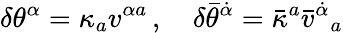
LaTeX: \delta\theta^{\alpha}=\kappa_{a}v^{\alpha{}a}\, ,\quad\delta\bar{\theta}^{\dot{\alpha}}=\bar{\kappa}^{a}\bar{v}^{\dot{\alpha}}{}_{a}